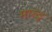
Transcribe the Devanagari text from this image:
मारुडू